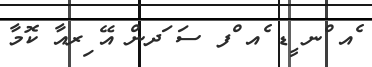
ެއ ްނ ީޑ ެއ ްފ ސަ ަދން އޭ ިރއާ ކޮމާ